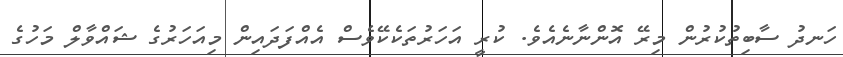
ހަނދު ސާބިތުކުރުން މިރޭ އޮންނާނެއެވެ. ކުރީ އަހަރުތަކެކޭވެސް އެއްފަދައިން މިއަހަރުގެ ޝައްވާލް މަހުގެ